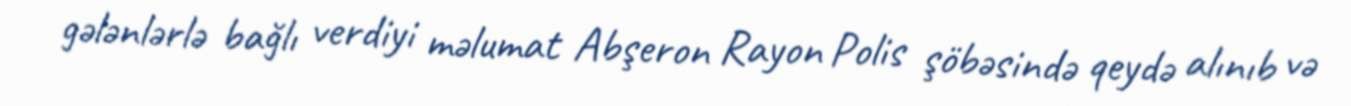
gələnlərlə bağlı verdiyi məlumat Abşeron Rayon Polis şöbəsində qeydə alınıb və